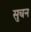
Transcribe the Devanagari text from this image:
सुचन